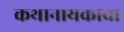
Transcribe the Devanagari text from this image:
कथानायकाचा